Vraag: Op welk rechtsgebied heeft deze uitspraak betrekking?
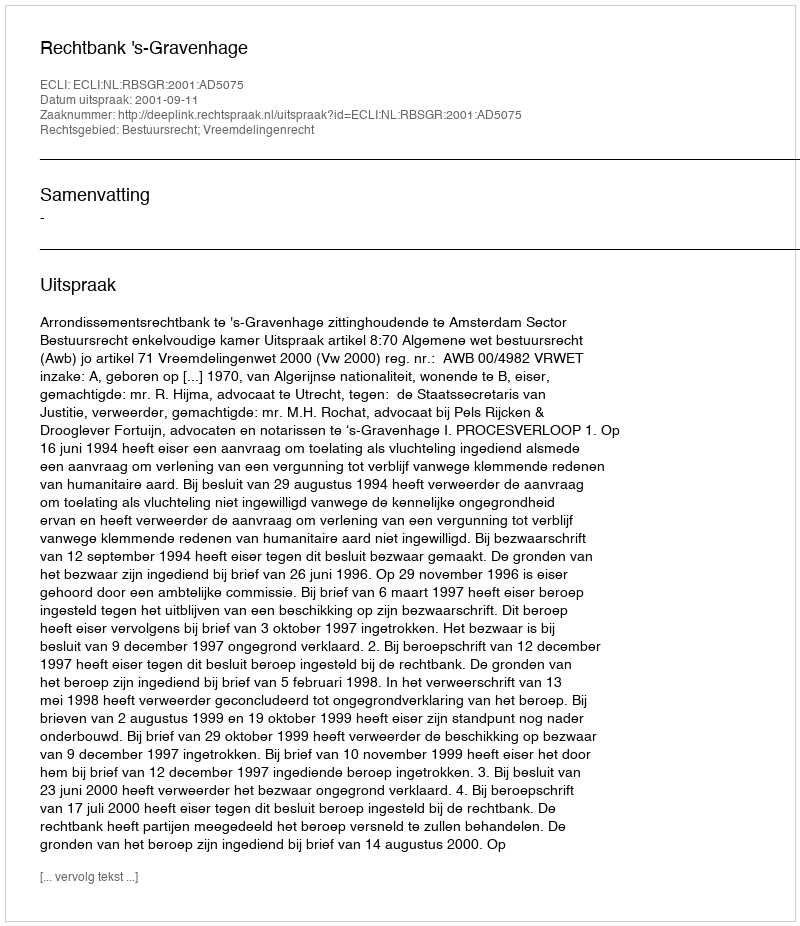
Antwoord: Bestuursrecht; Vreemdelingenrecht